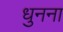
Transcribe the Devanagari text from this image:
धुनना